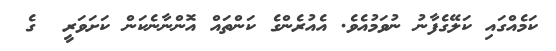
ކަމެއްގައި ކަލޭގެފާނު ނުވަމުއެވެ. އެއުރެންގެ ކަންތައް އޮންނާނެކަން ކަށަވަރީ  ގެ